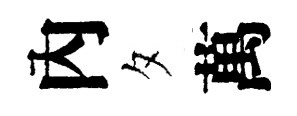
內夕萬